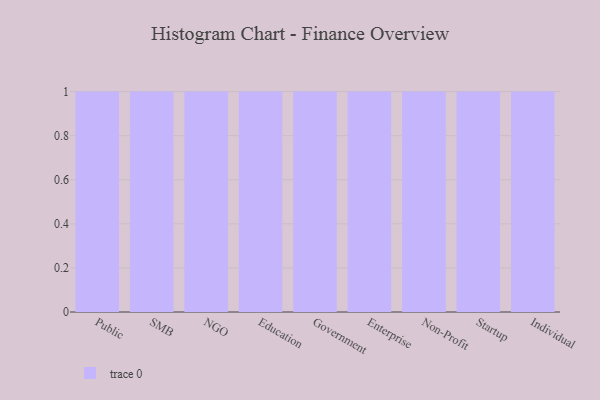
{"axis": {"x": "Segment", "y": "Churn Rate (%)"}, "legend": [""], "data": [{"x": "Public", "y": 98, "type": ""}, {"x": "SMB", "y": 94, "type": ""}, {"x": "NGO", "y": 89, "type": ""}, {"x": "Education", "y": 27, "type": ""}, {"x": "Government", "y": 60, "type": ""}, {"x": "Enterprise", "y": 30, "type": ""}, {"x": "Non-Profit", "y": 55, "type": ""}, {"x": "Startup", "y": 8, "type": ""}, {"x": "Individual", "y": 2, "type": ""}]}